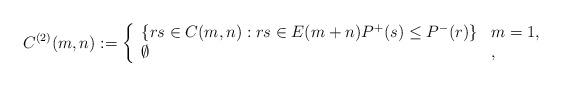
LaTeX: \begin{align*} C^{(2)}(m,n):=\left\{\begin{array}{ll}\left\{rs\in C(m,n):rs\in E(m+n)P^+(s)\leq P^{-}(r)\right\}&m=1,\\\emptyset&,\end{array}\right.\end{align*}